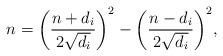
LaTeX: \begin{align*}n=\bigg(\frac{n+d_i}{2\sqrt{d_i}}\bigg)^2-\bigg(\frac{n-d_i}{2\sqrt{d_i}}\bigg)^2,\end{align*}